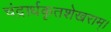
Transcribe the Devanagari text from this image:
चंद्रार्धकृतशेखराम्‌।